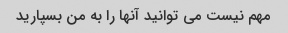
مهم نیست می توانید آنها را به من بسپارید